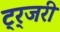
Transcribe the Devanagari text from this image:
ट्र्जरी